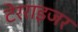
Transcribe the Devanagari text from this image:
टेरराइजर